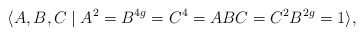
\begin{align*} \langle A,B,C \mid A^2=B^{4g}=C^4=ABC=C^2B^{2g}=1\rangle,\end{align*}